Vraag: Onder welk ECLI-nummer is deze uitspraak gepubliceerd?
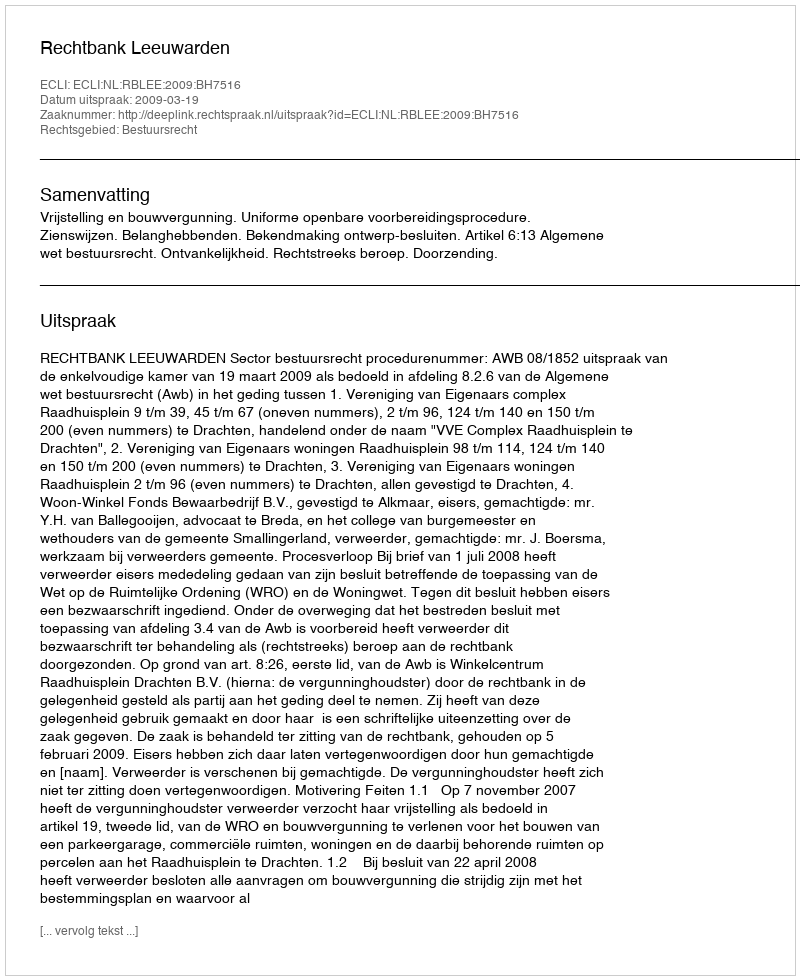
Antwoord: ECLI:NL:RBLEE:2009:BH7516